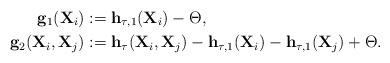
LaTeX: \begin{align*}{\bf g}_1 ({\bf X}_i)&:= {\bf h}_{\tau, 1} ({\bf X}_i)- \Theta , \\{\bf g}_2 ({\bf X}_i , {\bf X}_j) &:= {\bf h}_\tau ({\bf X}_i, {\bf X}_j)- {\bf h}_{\tau, 1} ({\bf X}_i) - {\bf h}_{\tau, 1} ({\bf X}_j)+ \Theta.\end{align*}